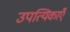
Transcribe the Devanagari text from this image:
उपत्यिकाएँ